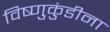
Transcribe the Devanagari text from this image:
विष्णुकुंडीना